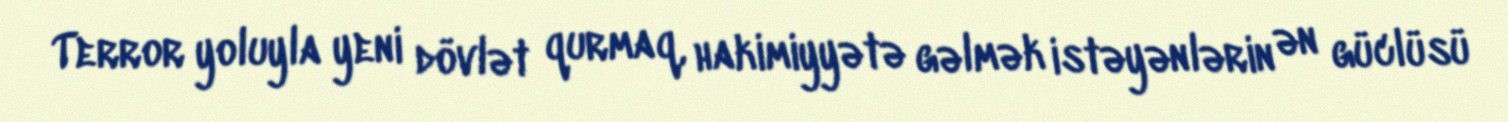
Terror yoluyla yeni dövlət qurmaq, hakimiyyətə gəlmək istəyənlərin ən güclüsü